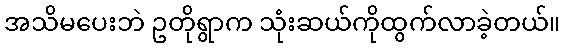
အသိမပေးဘဲ ဥတိုရွာက သုံးဆယ်ကိုထွက်လာခဲ့တယ်။